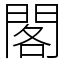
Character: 閣